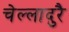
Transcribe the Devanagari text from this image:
चेल्लादुरै